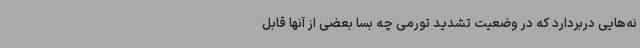
نه‌هایی دربردارد که در وضعیت تشدید تورمی چه بسا بعضی از آنها قابل